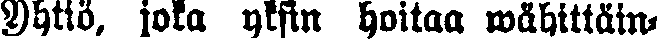
Yhtiö, joka yksin hoitaa wähittäin-